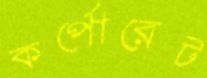
কর্পোরেট